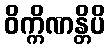
ဝိက္ကိဏန္တိပိ